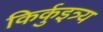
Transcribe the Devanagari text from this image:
किर्कुइत्र्य